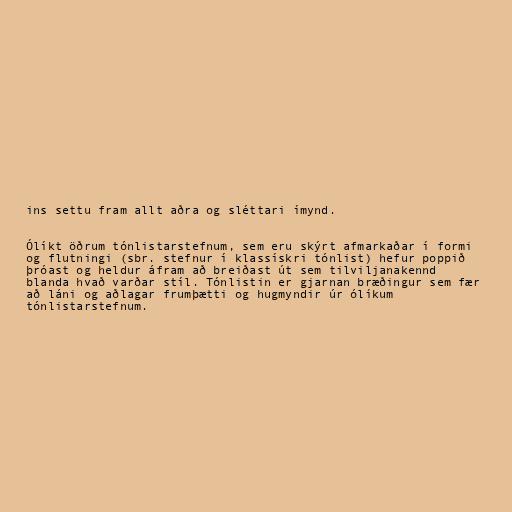
ins settu fram allt aðra og sléttari ímynd.

Ólíkt öðrum tónlistarstefnum, sem eru skýrt afmarkaðar í formi
og flutningi (sbr. stefnur í klassískri tónlist) hefur poppið
þróast og heldur áfram að breiðast út sem tilviljanakennd
blanda hvað varðar stíl. Tónlistin er gjarnan bræðingur sem fær
að láni og aðlagar frumþætti og hugmyndir úr ólíkum
tónlistarstefnum.